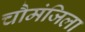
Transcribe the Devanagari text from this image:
चौमंजिला